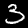
Digit: 3